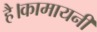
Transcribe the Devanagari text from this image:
है।कामायनी